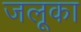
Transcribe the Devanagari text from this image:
जलूका